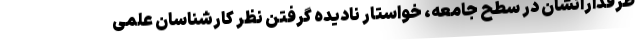
طرفدارانشان در سطح جامعه، خواستار نادیده گرفتن نظر کارشناسان علمی